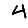
Digit: 4